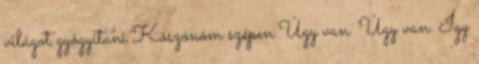
világot gyógyítani Köszönöm szépen Úgy van. Úgy van. Így